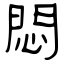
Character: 悶